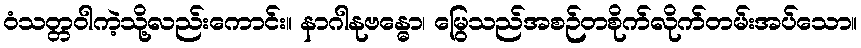
ဝံသတ္တဝါကဲ့သို့လည်းကောင်း။ နာဂါနုဗန္ဓော၊ မြွေသည်အစဉ်တစိုက်လိုက်တမ်းအပ်သော။